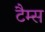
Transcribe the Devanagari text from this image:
टैम्स